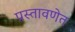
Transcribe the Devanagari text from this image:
प्रस्तावणेत